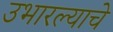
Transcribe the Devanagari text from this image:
उभारल्याचे